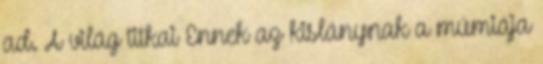
ad. A világ titkai Ennek az kislánynak a múmiája